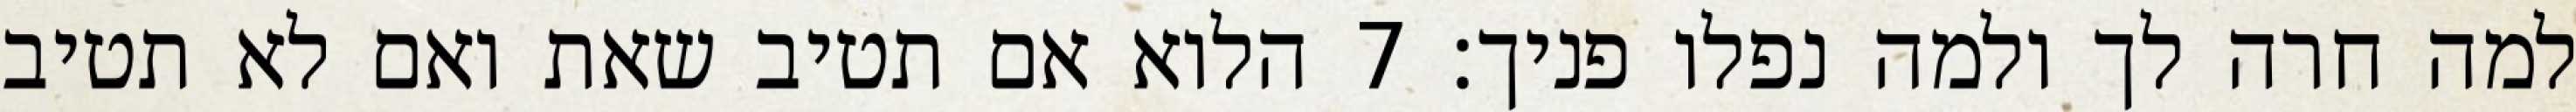
למה חרה לך ולמה נפלו פניך׃ ‎7‏ הלוא אם תטיב שאת ואם לא תטיב